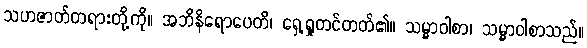
သဟဇာတ်တရားတို့ကို။ အဘိနိရောပေတိ၊ ရှေ့ရှုတင်တတ်၏။ သမ္မာဝါစာ၊ သမ္မာဝါစာသည်။